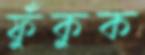
ফুঁকুক